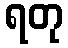
ရတု